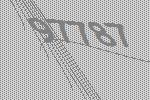
97787